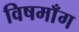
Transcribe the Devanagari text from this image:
विषमाँग